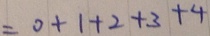
= 0 + 1 + 2 + 3 + 4